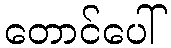
တောင်ပေါ်